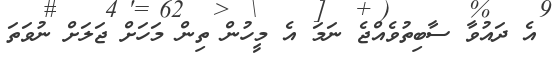
އެ ދައުވާ ސާބިތުވެއްޖެ ނަމަ އެ މީހުން ތިން މަހަށް ޖަލަށް ނުވަތަ